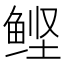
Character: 鲣